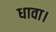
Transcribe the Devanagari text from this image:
धावा।